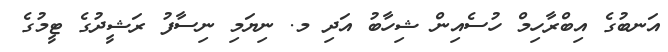
އަނބުގެ އިބްރާހިމް ހުސެއިން ޝިހާބު އަދި މ. ނިޔަމި ނިސާފު ރަޝީދުގެ ޓީމުގެ